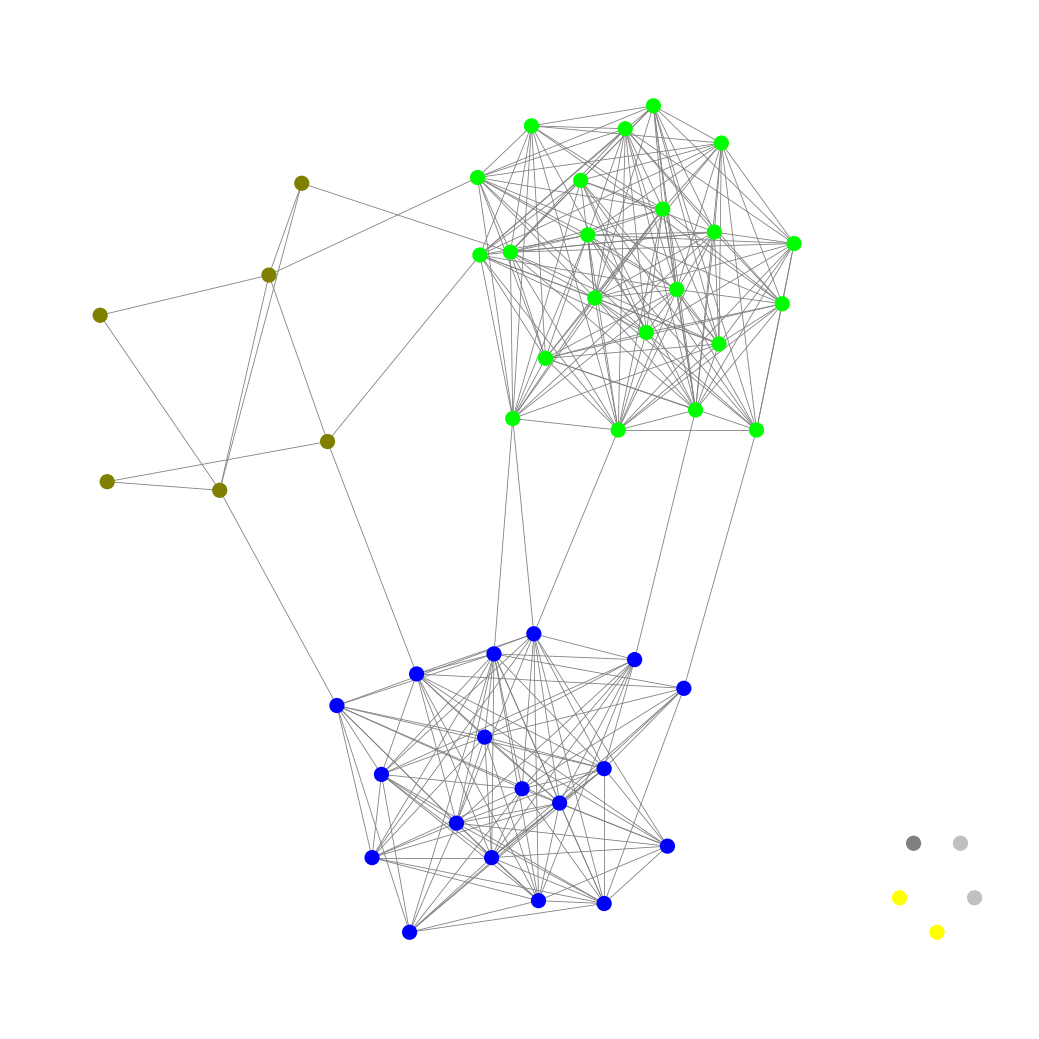
Graph connected: No
Number of connected components: 6
Number of singletons: 5
Total number of nodes: 51
Total number of edges: 287
Number of communities: 6
Community sizes:
Blue: 18
Gray: 1
Lime: 22
Olive: 6
Silver: 2
Yellow: 2
Graph layout: tda
Graph generation method: erdos_renyi